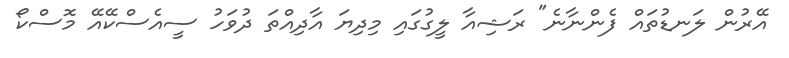
އޭރުން ލަނޑުތައް ފެންނާނެ" ރަޝިއާ ލީގުގައި މިދިޔަ އާދިއްތަ ދުވަހު ސީއެސްކޭއޭ މޮސްކޯ